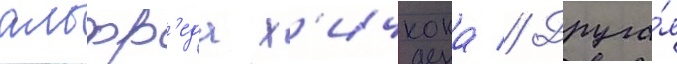
альфр'еда х'ичкока // Друга́я